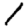
Digit: 1